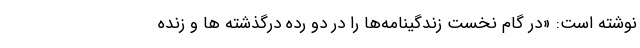
نوشته است: «در گام نخست زندگینامه‌ها را در دو رده درگذشته ها و زنده